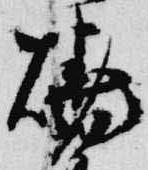
焼